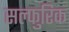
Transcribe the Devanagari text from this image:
सल्फुरिक